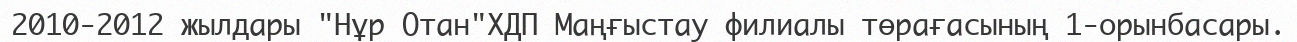
2010-2012 жылдары "Нұр Отан"ХДП Маңғыстау филиалы төрағасының 1-орынбасары.